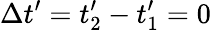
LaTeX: \Delta t^{\prime}=t_{2}^{\prime}-t_{1}^{\prime}=0